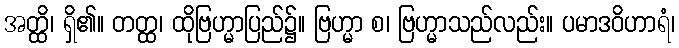
အတ္ထိ၊ ရှိ၏။ တတ္ထ၊ ထိုဗြဟ္မာပြည်၌။ ဗြဟ္မာ စ၊ ဗြဟ္မာသည်လည်း။ ပမာဒဝိဟာရံ၊